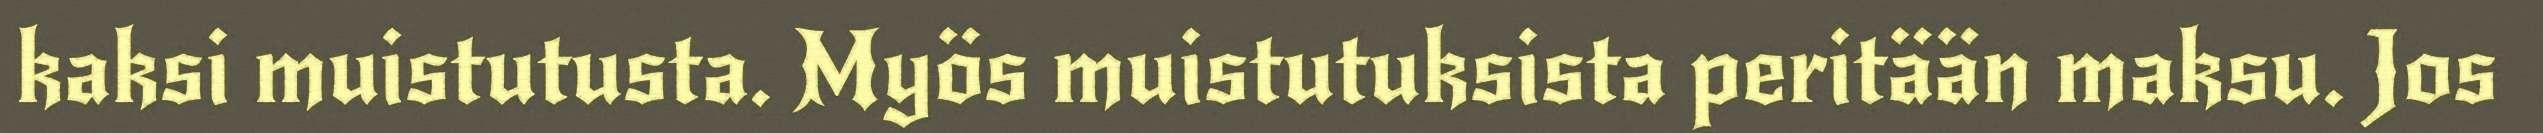
kaksi muistutusta. Myös muistutuksista peritään maksu. Jos